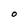
Character: O